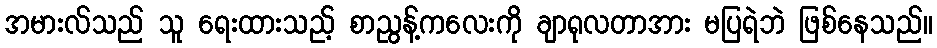
အမားလ်သည် သူ ရေးထားသည့် စာညွန့်ကလေးကို ချာရုလတာအား မပြရဲဘဲ ဖြစ်နေသည်။